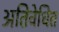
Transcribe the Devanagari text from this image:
अतिवेधित